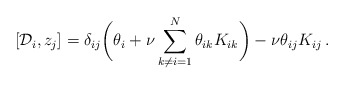
\begin{align*}\left [ {\cal D}_i, z_j \right ] =\delta_{ij}\biggl (\theta_i + \nu \sum_{k\ne i =1}^N \theta_{ik}K_{ik}\biggr ) -\nu \theta_{ij} K_{ij} \,.\end{align*}